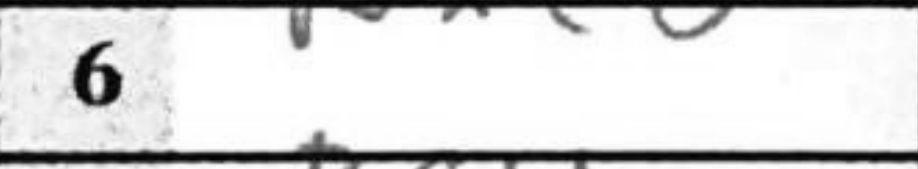
Transcription: Nxc6